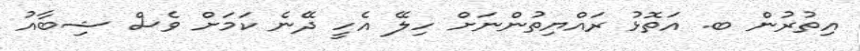
އިތުރުން ބ. އަތޮޅު ރައްޔިތުންނަށް ހިލޭ އެހީ ދޭނެ ކަމަށް ވެސް ޝިބާއު